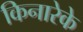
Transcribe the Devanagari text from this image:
किनारेके